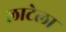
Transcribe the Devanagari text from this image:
लाटेला